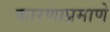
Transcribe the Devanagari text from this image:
कारणाप्रमाणे